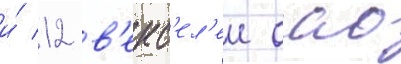
и́ 12 в'екс'ел'еи оао